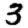
Digit: 3